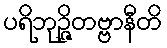
ပရိဘုဉ္ဇိတဗ္ဗာနီတိ